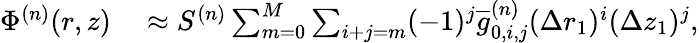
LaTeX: \begin{array}{rl}{\Phi^{(n)}(r,z)}&{{}\approx S^{(n)}\sum_{m=0}^{M}\sum_{i+j=m}(-1)^{j}\overline{{g}}_{0,i,j}^{(n)}(\Delta r_{1})^{i}(\Delta z_{1})^{j},}\end{array}